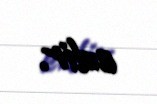
edir.